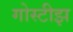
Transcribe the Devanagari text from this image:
गोस्टीझ